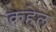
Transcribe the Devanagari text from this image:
कहेल